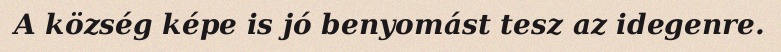
A község képe is jó benyomást tesz az idegenre.